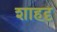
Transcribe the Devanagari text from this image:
शाहदृ